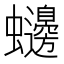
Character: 𮕙